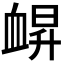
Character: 𧖿